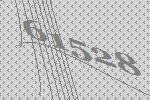
61528